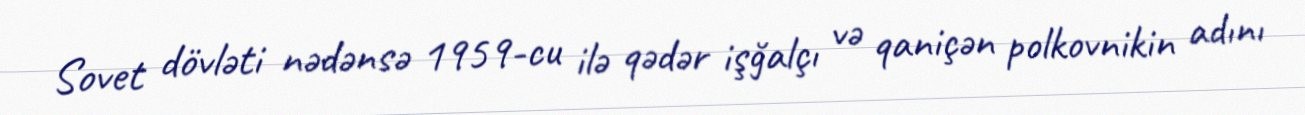
Sovet dövləti nədənsə 1959-cu ilə qədər işğalçı və qaniçən polkovnikin adını